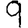
Digit: 9